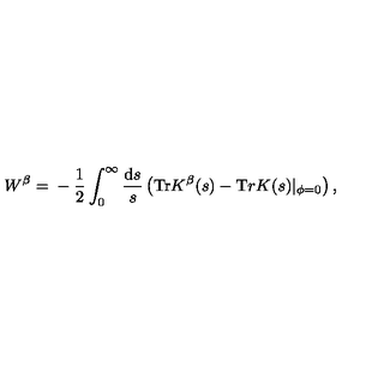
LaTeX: W ^ { \beta } = \mathrm { } - \frac 1 { 2 } \int _ { 0 } ^ { \infty } \frac { \mathrm { d } s } { s } \left( { \mathrm { T r } } K ^ { \beta } ( s ) - { \mathrm T r } K ( s ) | _ { \phi = 0 } \right) ,